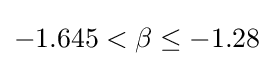
-1.645<\beta \leq -1.28